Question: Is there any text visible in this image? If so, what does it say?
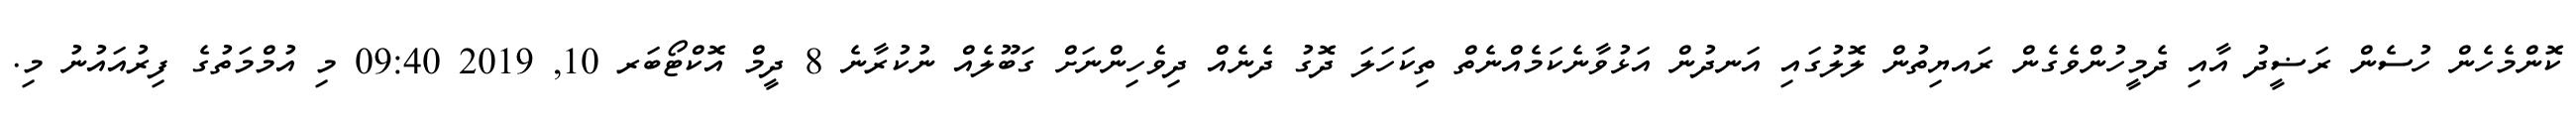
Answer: ކޮންމެހެން ހުސެން ރަޟީދު އާއި ދެމީހުންވެގެން ރައޔިތުން ލޮލުގައި އަނދުން އަޅުވާނެކަމެއްނެތް ތިކަހަލަ ދޮގު ދެނެއް ދިވެހިންނަށް ގަބޫލެއް ނުކުރާނެ 8 ދީމް އޮކްޓޯބަރ 10, 2019 09:40 މި އުމްމަތުގެ ފިރުއައުނު މި.